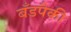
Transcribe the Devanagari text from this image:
बँडपैकी